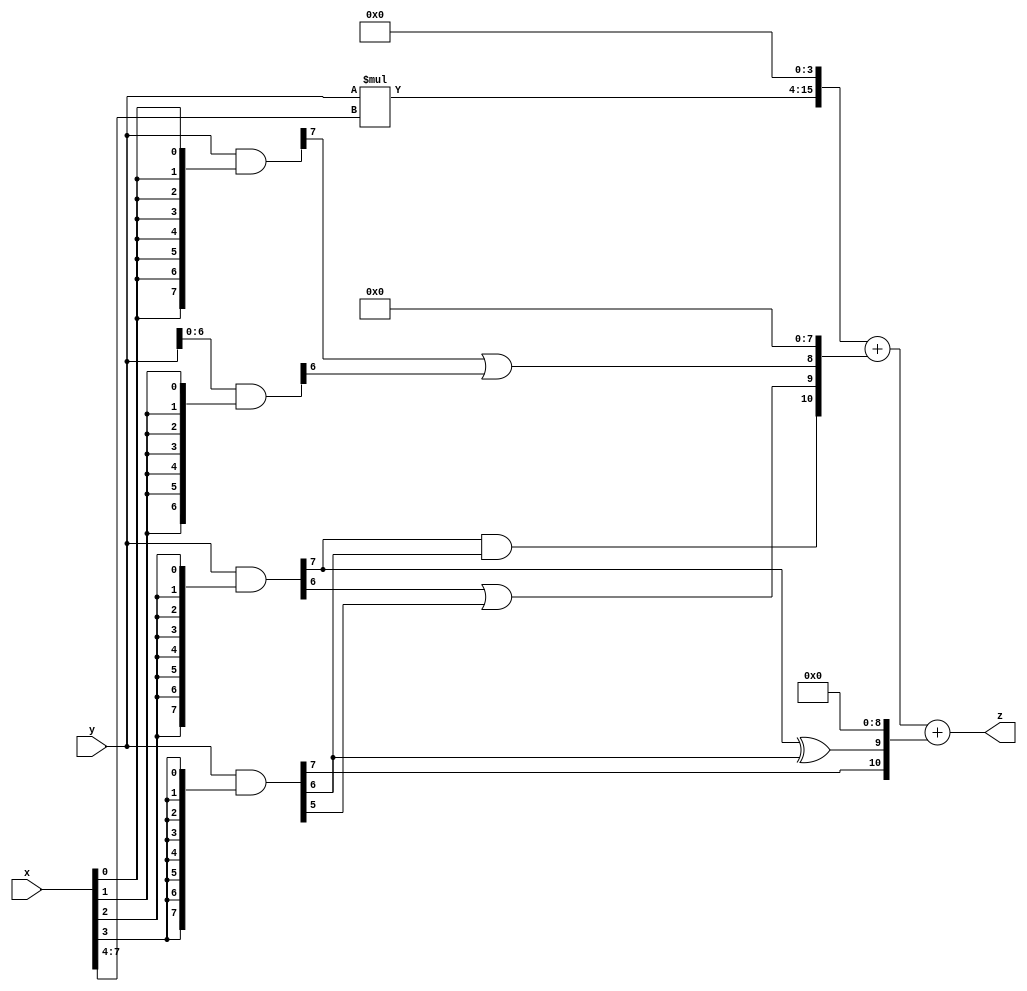
// terms: 5
// fval:  155042.25

module unsigned_exchange_8x8_l4_lamb20000_5 (
	input [7:0] x,
	input [7:0] y,
	output [15:0] z
);

wire [7:0] part1 =  y & {8{x[0]}};
wire [7:0] part2 =  y & {8{x[1]}};
wire [7:0] part3 =  y & {8{x[2]}};
wire [7:0] part4 =  y & {8{x[3]}};
wire [7:0] part5 =  y & {8{x[4]}};
wire [7:0] part6 =  y & {8{x[5]}};
wire [7:0] part7 =  y & {8{x[6]}};
wire [7:0] part8 =  y & {8{x[7]}};

wire [10:0] new_part1;
assign new_part1[0] = 0;
assign new_part1[1] = 0;
assign new_part1[2] = 0;
assign new_part1[3] = 0;
assign new_part1[4] = 0;
assign new_part1[5] = 0;
assign new_part1[6] = 0;
assign new_part1[7] = 0;
assign new_part1[8] = part1[7] | part2[6];
assign new_part1[9] = part3[6] | part4[5];
assign new_part1[10] = part3[7] & part4[6];

wire [10:0] new_part2;
assign new_part2[0] = 0;
assign new_part2[1] = 0;
assign new_part2[2] = 0;
assign new_part2[3] = 0;
assign new_part2[4] = 0;
assign new_part2[5] = 0;
assign new_part2[6] = 0;
assign new_part2[7] = 0;
assign new_part2[8] = 0;
assign new_part2[9] = part3[7] ^ part4[6];
assign new_part2[10] = part4[7];

wire [11:0] tmp_z = y*x[7:4];

assign z = {tmp_z, 4'd 0} + new_part1 + new_part2;

endmodule